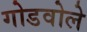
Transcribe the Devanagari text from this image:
गोडवोले